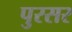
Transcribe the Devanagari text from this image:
पुरसर